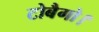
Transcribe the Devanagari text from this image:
टोबैगो।